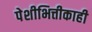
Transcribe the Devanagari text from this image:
पेशीभित्तीकाही